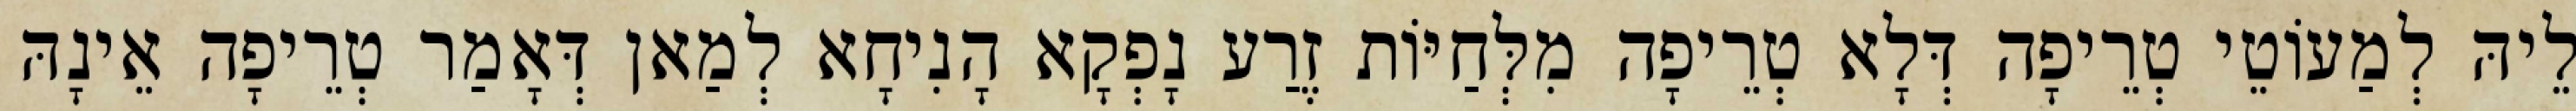
לֵיהּ לְמַעוֹטֵי טְרֵיפָה דְּלָא טְרֵיפָה מִלְּחַיּוֹת זֶרַע נָפְקָא הָנִיחָא לְמַאן דְּאָמַר טְרֵיפָה אֵינָהּ